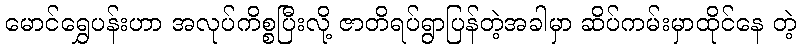
မောင်ရွှေပန်းဟာ အလုပ်ကိစ္စပြီးလို့ ဇာတိရပ်ရွာပြန်တဲ့အခါမှာ ဆိပ်ကမ်းမှာထိုင်နေ တဲ့